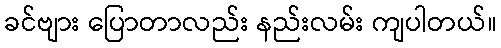
ခင်ဗျား ပြောတာလည်း နည်းလမ်း ကျပါတယ်။